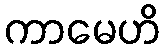
ကာမေဟိ